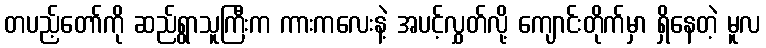
တပည့်တော်ကို ဆည်ရွာသူကြီးက ကားကလေးနဲ့ အပင့်လွှတ်လို့ ကျောင်းတိုက်မှာ ရှိနေတဲ့ မူလ